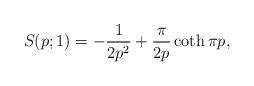
LaTeX: \begin{align*}S(p;1)=-\frac{1}{2p^2}+\frac{\pi}{2p}\coth \pi p,\end{align*}